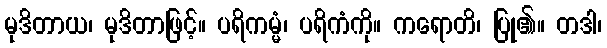
မုဒိတာယ၊ မုဒိတာဖြင့်။ ပရိကမ္မံ၊ ပရိကံကို။ ကရောတိ၊ ပြု၏။ တဒါ၊